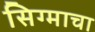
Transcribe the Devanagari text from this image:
सिग्माचा